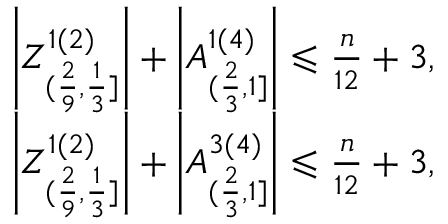
\begin{array} { r } { \left| Z _ { ( \frac { 2 } { 9 } , \frac { 1 } { 3 } ] } ^ { 1 ( 2 ) } \right| + \left| A _ { ( \frac { 2 } { 3 } , 1 ] } ^ { 1 ( 4 ) } \right| \leqslant \frac { n } { 1 2 } + 3 , } \\ { \left| Z _ { ( \frac { 2 } { 9 } , \frac { 1 } { 3 } ] } ^ { 1 ( 2 ) } \right| + \left| A _ { ( \frac { 2 } { 3 } , 1 ] } ^ { 3 ( 4 ) } \right| \leqslant \frac { n } { 1 2 } + 3 , } \end{array}